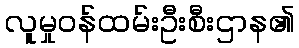
လူမှုဝန်ထမ်းဦးစီးဌာန၏